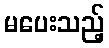
မပေးသည့်